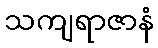
သကျရာဇာနံ